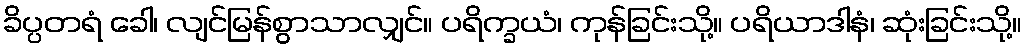
ခိပ္ပတရံ ခေါ၊ လျင်မြန်စွာသာလျှင်။ ပရိက္ခယံ၊ ကုန်ခြင်းသို့။ ပရိယာဒါနံ၊ ဆုံးခြင်းသို့။